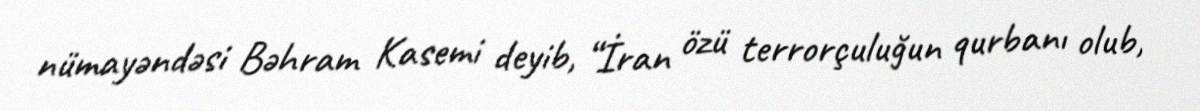
nümayəndəsi Bəhram Kasemi deyib, “İran özü terrorçuluğun qurbanı olub,